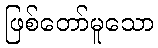
ဖြစ်တော်မူသော